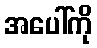
အပေါ်ကို